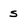
Character: s